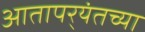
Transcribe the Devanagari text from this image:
आतापर्‍यंतच्या